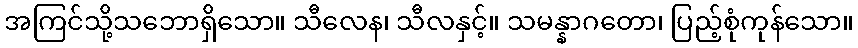
အကြင်သို့သဘောရှိသော။ သီလေန၊ သီလနှင့်။ သမန္နာဂတော၊ ပြည့်စုံကုန်သော။